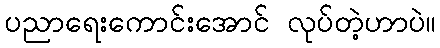
ပညာရေးကောင်းအောင် လုပ်တဲ့ဟာပဲ။